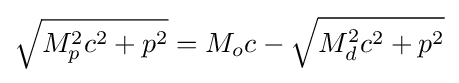
{\sqrt {M_{p}^{2}c^{2}+p^{2}}}=M_{o}c-{\sqrt {M_{d}^{2}c^{2}+p^{2}}}